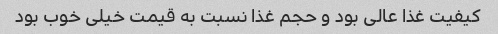
کیفیت غذا عالی بود و حجم غذا نسبت به قیمت خیلی خوب بود